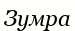
Зумра